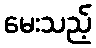
မေးသည့်